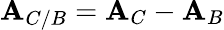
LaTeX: \mathbf{A}_{C/B}=\mathbf{A}_{C}-\mathbf{A}_{B}